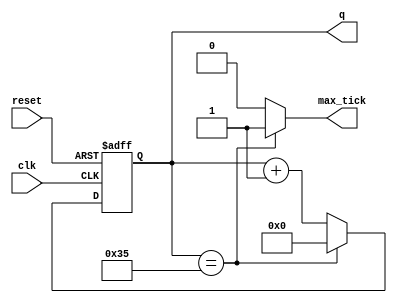
`timescale 1ns / 1ps

module BR_Generator
  #(parameter	 N =6,
				 M =54
	)
	(
		input wire clk, reset,
		output wire max_tick,
		output wire [N-1:0] q
	);

	reg [N-1:0] r_reg;
	wire [N-1:0] r_next;
	
	always@(posedge clk, posedge reset)
		if(reset)
			r_reg <=0;
		else
			r_reg <= r_next;
			
	assign r_next = (r_reg==(M-1)) ? 1'b0 : r_reg +1'b1;
	assign q = r_reg;
	assign max_tick = (r_reg==(M-1)) ? 1'b1 : 1'b0;


endmodule